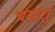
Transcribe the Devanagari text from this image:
चंद्रांशु